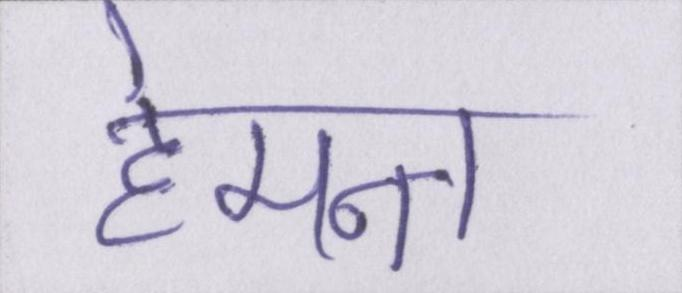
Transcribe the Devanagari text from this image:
हेमन्त